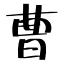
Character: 曹